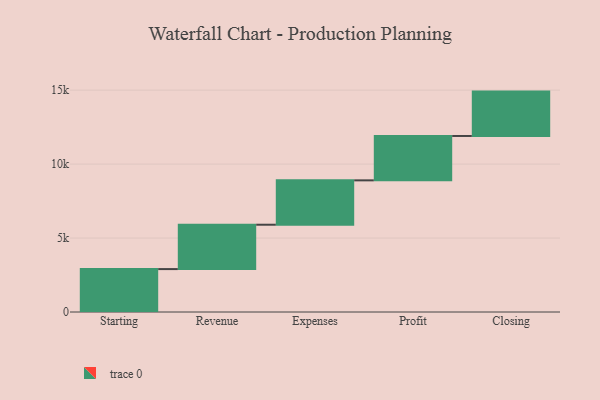
{"axis": {"x": "Step", "y": "Value"}, "legend": [""], "data": [{"x": "Starting", "y": 2901.0, "type": ""}, {"x": "Revenue", "y": 3000, "type": ""}, {"x": "Expenses", "y": 3000, "type": ""}, {"x": "Profit", "y": 3000, "type": ""}, {"x": "Closing", "y": 3000, "type": ""}]}